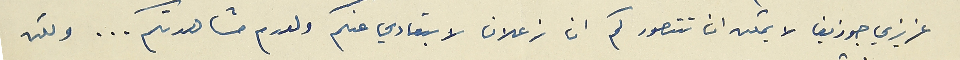
عزيزي جوزيف لا يمكن ان تتصور كم انا زعلان لابتعادي عنكم ولعدم مشاهدتكم... ولكن